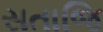
સતાજિ